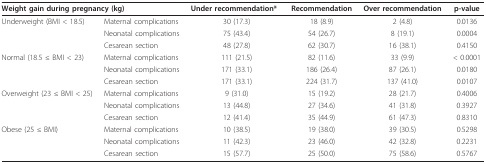
| <COLSPAN=2> Weight gain during pregnancy (kg) | Under recommendation* | Recommendation | Over recommendation | p-value |
 | --- | --- | --- | --- | --- | --- |
 | Underweight (BMI < 18.5) | Maternal complications | 30 (17.3) | 18 (8.9) | 2 (4.8) | 0.0136 |
 |  | Neonatal complications | 75 (43.4) | 54 (26.7) | 8 (19.1) | 0.0004 |
 |  | Cesarean section | 48 (27.8) | 62 (30.7) | 16 (38.1) | 0.4150 |
 | Normal (18.5 ≤ BMI < 23) | Maternal complications | 111 (21.5) | 82 (11.6) | 33 (9.9) | < 0.0001 |
 |  | Neonatal complications | 171 (33.1) | 186 (26.4) | 87 (26.1) | 0.0180 |
 |  | Cesarean section | 171 (33.1) | 224 (31.7) | 137 (41.0) | 0.0107 |
 | Overweight (23 ≤ BMI < 25) | Maternal complications | 9 (31.0) | 15 (19.2) | 28 (21.7) | 0.4006 |
 |  | Neonatal complications | 13 (44.8) | 27 (34.6) | 41 (31.8) | 0.3927 |
 |  | Cesarean section | 12 (41.4) | 35 (44.9) | 61 (47.3) | 0.8310 |
 | Obese (25 ≤ BMI) | Maternal complications | 10 (38.5) | 19 (38.0) | 39 (30.5) | 0.5298 |
 |  | Neonatal complications | 11 (42.3) | 23 (46.0) | 42 (32.8) | 0.2231 |
 |  | Cesarean section | 15 (57.7) | 25 (50.0) | 75 (58.6) | 0.5767 |